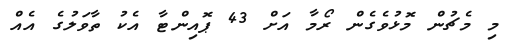
މި މެޗުން މޮޅުވެގެން ރޯމާ އަށް 43 ޕޮއިންޓާ އެކު ތާވަލުގެ އެއް